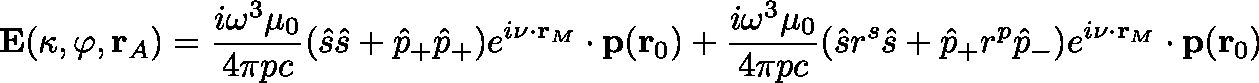
\mathbf { E } ( \kappa , \varphi , \mathbf { r } _ { A } ) = \frac { i { \omega } ^ { 3 } { \mu _ { 0 } } } { 4 \pi { p } { c } } ( \hat { s } \hat { s } + \hat { p } _ { + } \hat { p } _ { + } ) e ^ { i \mathbf { \nu } \cdot \mathbf { r } _ { M } } \cdot \mathbf { p } ( \mathbf { r } _ { 0 } ) + \frac { i { \omega } ^ { 3 } { \mu _ { 0 } } } { 4 \pi { p } { c } } ( \hat { s } r ^ { s } \hat { s } + \hat { p } _ { + } r ^ { p } \hat { p } _ { - } ) e ^ { i \mathbf { \nu } \cdot \mathbf { r } _ { M } } \cdot \mathbf { p } ( \mathbf { r } _ { 0 } )